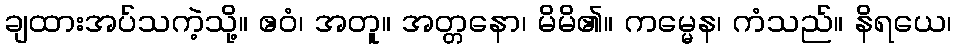
ချထားအပ်သကဲ့သို့။ ဧဝံ၊ အတူ။ အတ္တနော၊ မိမိ၏။ ကမ္မေန၊ ကံသည်။ နိရယေ၊